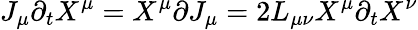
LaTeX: J_{\mu}\partial_{t}X^{\mu}=X^{\mu}\partial J_{\mu}=2L_{\mu\nu}X^{\mu}\partial_{t}X^{\nu}